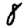
Digit: 8